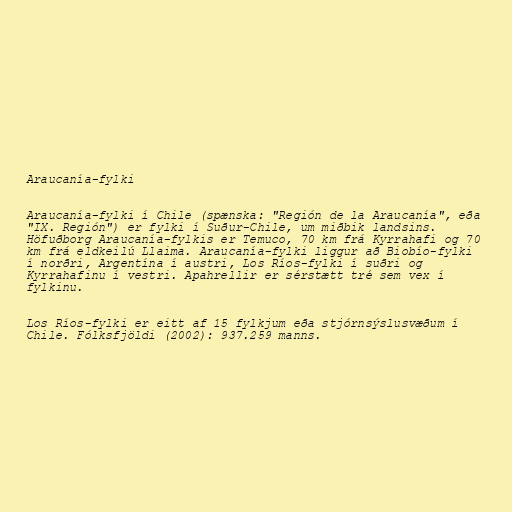
Araucanía-fylki

Araucanía-fylki í Chile (spænska: "Región de la Araucanía", eða
"IX. Región") er fylki í Suður-Chile, um miðbik landsins.
Höfuðborg Araucanía-fylkis er Temuco, 70 km frá Kyrrahafi og 70
km frá eldkeilú Llaima. Araucanía-fylki liggur að Biobío-fylki
í norðri, Argentína í austri, Los Ríos-fylki í suðri og
Kyrrahafinu í vestri. Apahrellir er sérstætt tré sem vex í
fylkinu.

Los Ríos-fylki er eitt af 15 fylkjum eða stjórnsýslusvæðum í
Chile. Fólksfjöldi (2002): 937.259 manns.